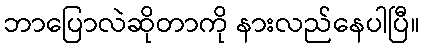
ဘာပြောလဲဆိုတာကို နားလည်နေပါပြီ။